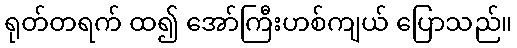
ရုတ်တရက် ထ၍ အော်ကြီးဟစ်ကျယ် ပြောသည်။